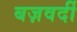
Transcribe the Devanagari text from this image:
बज़वर्दी